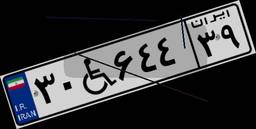
۳۳W۴۰۸۰۳